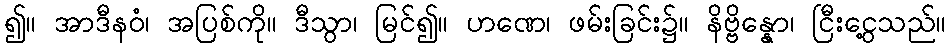
၍။ အာဒီနဝံ၊ အပြစ်ကို။ ဒီသွာ၊ မြင်၍။ ဟဏေ၊ ဖမ်းခြင်း၌။ နိဗ္ဗိန္နော၊ ငြီးငွေ့သည်။